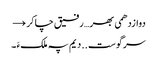
دوازدھمی بھر… رفیق چاکر →
سرگوست .. دیم پہ ملکءَ ۔